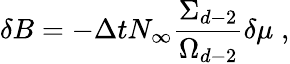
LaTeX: \delta B=-\Delta tN_{\infty}\frac{\Sigma_{d-2}}{\Omega_{d-2}}\delta\mu\; ,